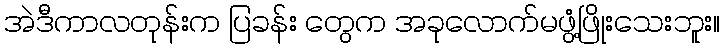
အဲဒီကာလတုန်းက ပြခန်း တွေက အခုလောက်မဖွံ့ဖြိုးသေးဘူး။